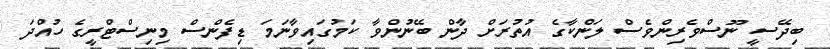
ބިދޭސީ ނޫސްވެރިންވެސް ލަންކާގެ އުތުރަށް ދާން ބޭނުންވާ ކަމުގައިވާނަމަ ޑިފެންސް މިނިސްޓްރީގެ ހުއްދަ